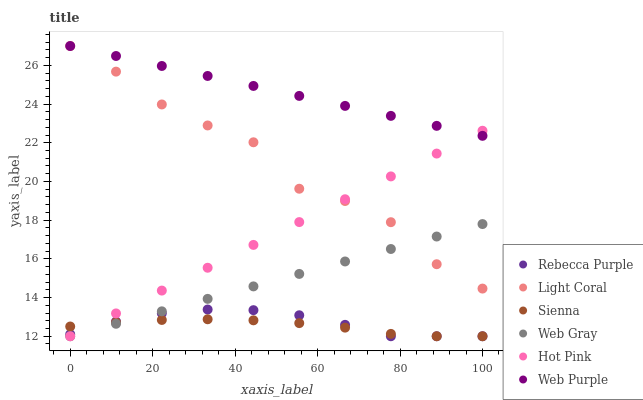
| xaxis_label | Rebecca Purple | Light Coral | Sienna | Web Gray | Hot Pink | Web Purple |
 | --- | --- | --- | --- | --- | --- | --- |
 | 0 | 12.1 | 27 | 12.5 | 12 | 12 | 27 |
 | 11.1 | 12.8 | 25.7 | 12.7 | 12.6 | 13.2 | 26.5 |
 | 22.2 | 13.2 | 24 | 12.8 | 13.3 | 14.4 | 26 |
 | 33.3 | 13.4 | 22.9 | 12.9 | 13.9 | 15.5 | 25.5 |
 | 44.4 | 13.3 | 22 | 12.8 | 14.6 | 16.7 | 24.9 |
 | 55.6 | 13.1 | 19.6 | 12.7 | 15.2 | 17.9 | 24.4 |
 | 66.7 | 12.6 | 19 | 12.4 | 15.9 | 19.1 | 23.9 |
 | 77.8 | 12 | 17.9 | 12.1 | 16.5 | 20.3 | 23.4 |
 | 88.9 | 12 | 15.7 | 12 | 17.2 | 21.4 | 22.9 |
 | 100 | 12 | 14.5 | 12 | 17.8 | 22.6 | 22.4 |